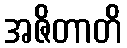
အဇိတာတိ